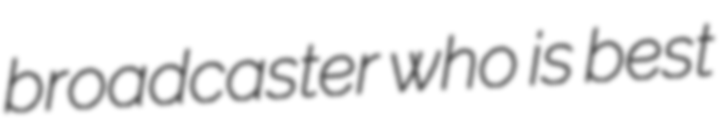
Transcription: broadcaster who is best